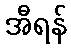
အီရန်